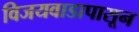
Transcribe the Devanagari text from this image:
विजयवाडापासून